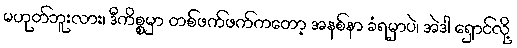
မဟုတ်ဘူးလား၊ ဒီကိစ္စမှာ တစ်ဖက်ဖက်ကတော့ အနစ်နာ ခံရမှာပဲ၊ အဲဒါ ရှောင်လို့